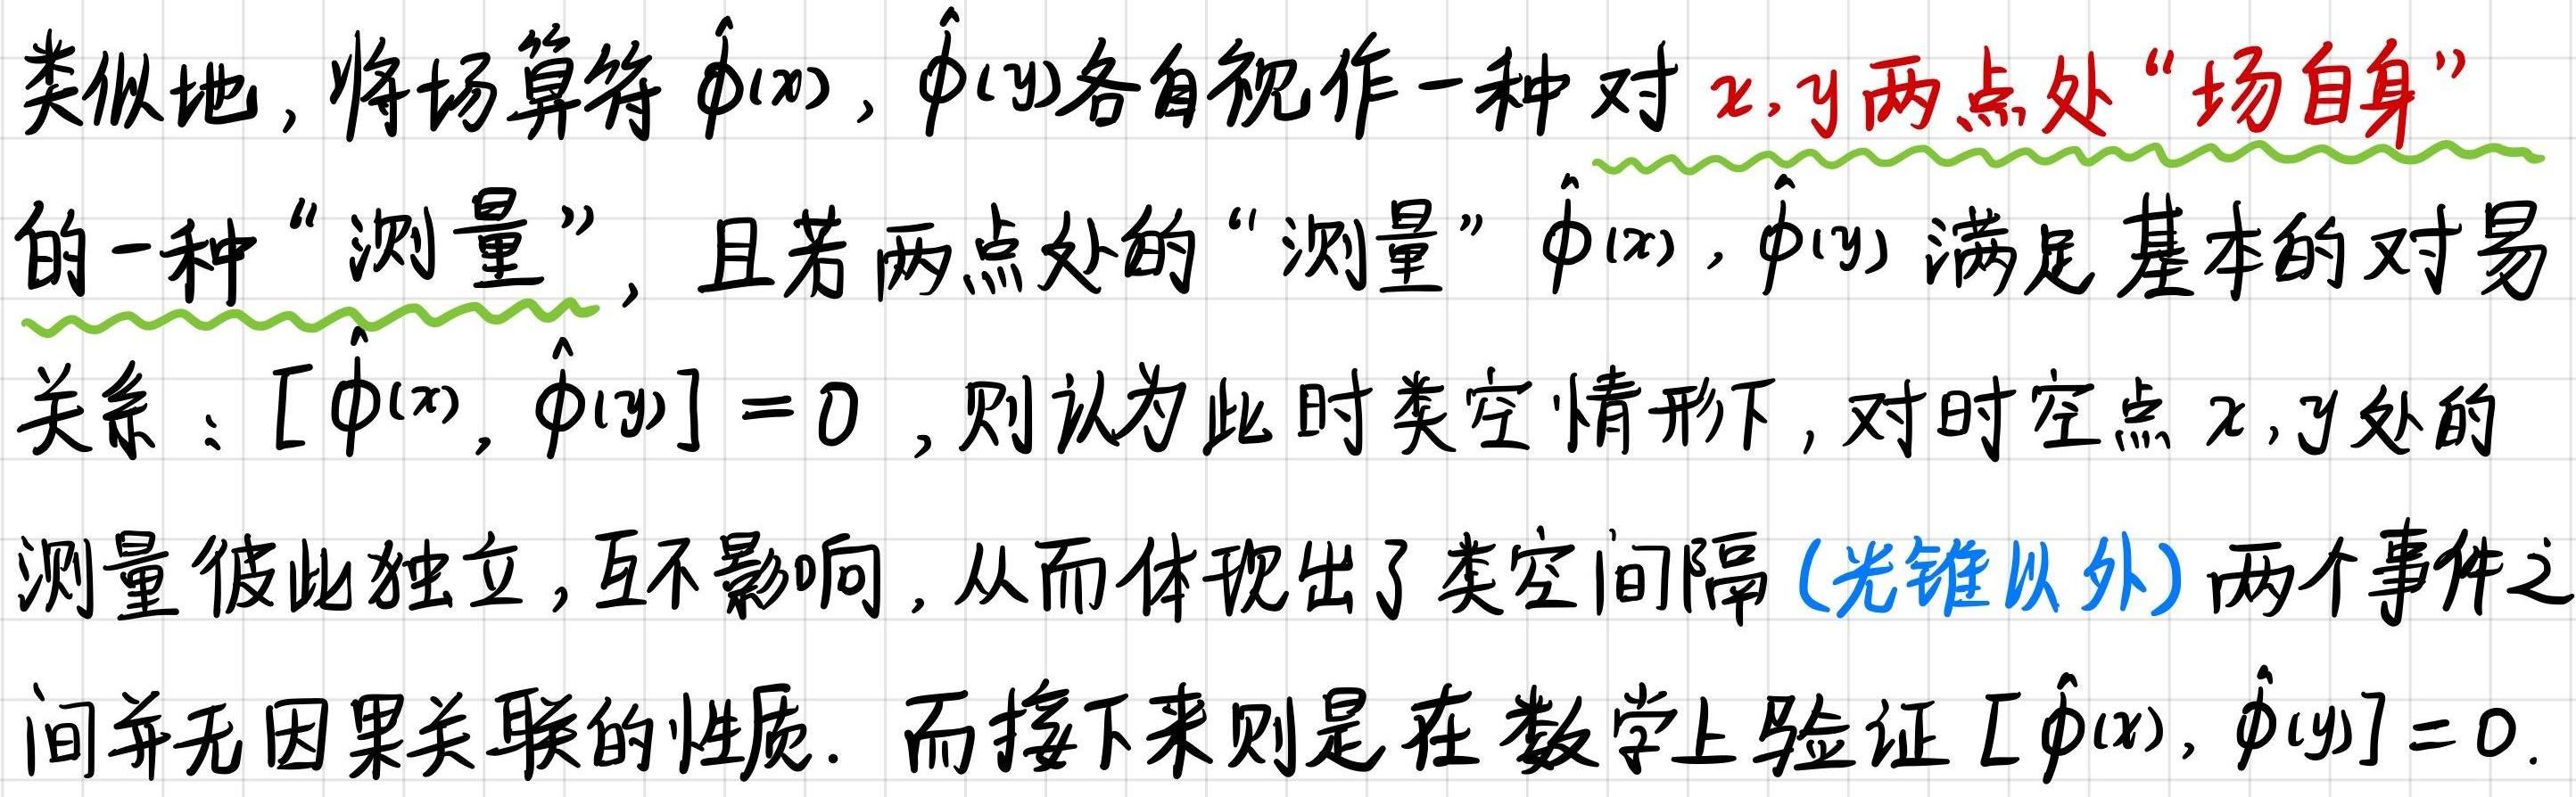
类似地，将场算符$\hat{\phi}(x),\hat{\phi}(y)$各自视作一种对$x,y$两点处“场自身”的一种“测量”，且若两点处的“测量”$\hat{\phi}(x),\hat{\phi}(y)$满足基本的对易关系：$[\hat{\phi}(x),\hat{\phi}(y)] = 0$，则认为此时类空情形下，对时空点$x,y$处的测量彼此独立，互不影响，从而体现出了类空间隔（光锥以外）两个事件之间并无因果关联的性质. 而接下来则是在数学上验证$[\hat{\phi}(x),\hat{\phi}(y)] = 0$.